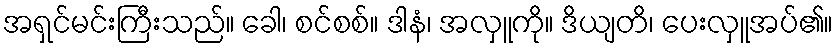
အရှင်မင်းကြီးသည်။ ခေါ၊ စင်စစ်။ ဒါနံ၊ အလှူကို။ ဒိယျတိ၊ ပေးလှူအပ်၏။